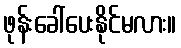
ဖုန်းခေါ်ပေးနိုင်မလား။